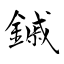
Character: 鏚